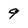
Character: 9